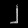
Digit: ၂